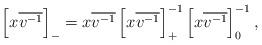
LaTeX: \begin{align*}\left[x\overline{v^{-1}}\right]_-=x\overline{v^{-1}}\left[x\overline{v^{-1}}\right]_+^{-1}\left[x\overline{v^{-1}}\right]_0^{-1},\end{align*}